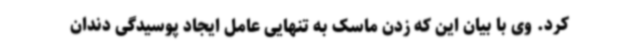
کرد. وی با بیان این که زدن ماسک به تنهایی عامل ایجاد پوسیدگی دندان